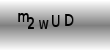
Text: m2wUD